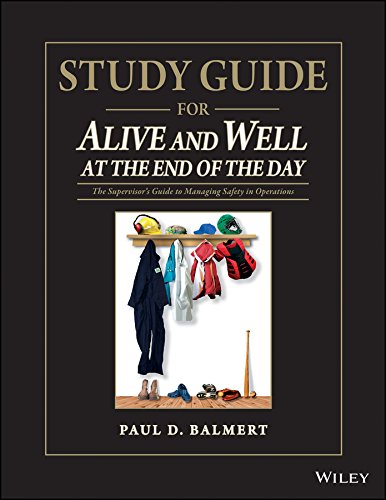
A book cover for Study Guide for Alive and Well at the End of the Day: The SupervisorÃEs Guide to Managing Safety in Operations; Paul D. Balmert; Business & Money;